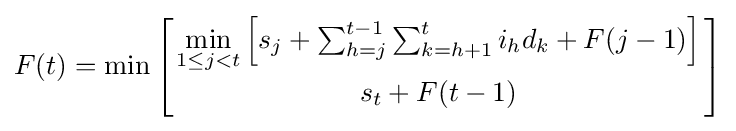
F(t)=\min \left[{{\underset {1\leq j<t}{\min }}\left[s_{j}+\sum _{h=j}^{t-1}\sum _{k=h+1}^{t}i_{h}d_{k}+F(j-1)\right] \atop s_{t}+F(t-1)}\right]